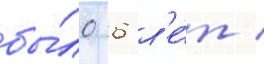
бы́ло 6 л'е́т /